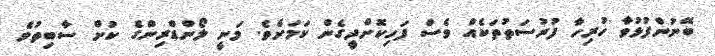
ބޭނުންފުޅުވާ ހުރިހާ ފުރުސަތުތަކެއް ވެސް ފަހިކޮށްދީގެން ކަމަށެވެ. މަނީ ލޯންޑްރިންގެ ކުށް ސާބިތުވެ